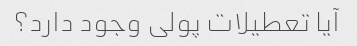
آیا تعطیلات پولی وجود دارد؟